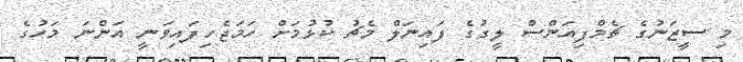
މި ސީޒަނުގެ ޗެމްޕިއަންސް ލީގުގެ ފައިނަލް މެޗު ކުޅުމަށް ހަމަޖެހިފައިވަނީ އަންނަ މަހުގެ